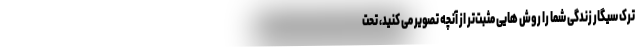
ترک سیگار زندگی شما را روش هایی مثبت‌تر از آنچه تصویر می کنید، تحت